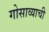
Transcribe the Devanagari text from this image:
गोसाव्याची